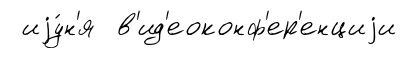
иjу́н'я в'ид'еоконф'ер'енциjи